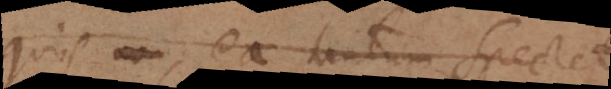
quis ea tantum spectet,